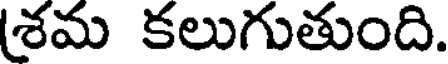
(శమ కలుగుతుంది.